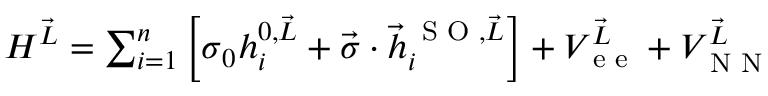
\begin{array} { r } { H ^ { \vec { L } } = \sum _ { i = 1 } ^ { n } \left[ \boldsymbol { \sigma } _ { 0 } h _ { i } ^ { 0 , \vec { L } } + \vec { \boldsymbol { \sigma } } \cdot \vec { h } _ { i } ^ { \, \textrm { S O } , \vec { L } } \right] + V _ { \textrm { e e } } ^ { \vec { L } } + V _ { \textrm { N N } } ^ { \vec { L } } } \end{array}